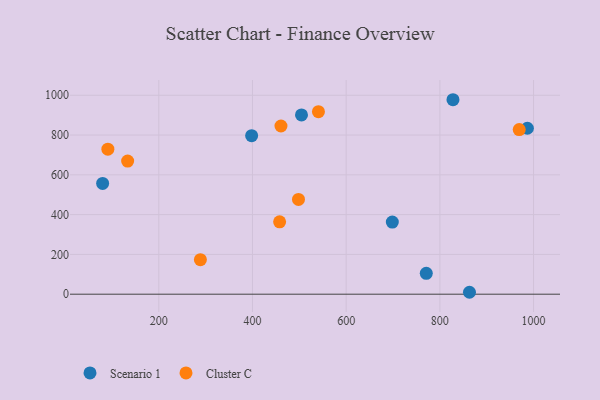
{"axis": {"x": "Investment", "y": "Yield"}, "legend": ["Cluster C", "Scenario 1"], "data": [{"x": "504.6", "y": 901.3, "type": "Scenario 1"}, {"x": "771.0", "y": 104.9, "type": "Scenario 1"}, {"x": "986.8", "y": 834.2, "type": "Scenario 1"}, {"x": "80.1", "y": 556.8, "type": "Scenario 1"}, {"x": "698.5", "y": 362.6, "type": "Scenario 1"}, {"x": "828.0", "y": 977.6, "type": "Scenario 1"}, {"x": "398.2", "y": 796.9, "type": "Scenario 1"}, {"x": "863.2", "y": 9.7, "type": "Scenario 1"}, {"x": "133.5", "y": 669.1, "type": "Cluster C"}, {"x": "457.9", "y": 363.6, "type": "Cluster C"}, {"x": "288.8", "y": 173.6, "type": "Cluster C"}, {"x": "540.8", "y": 917.7, "type": "Cluster C"}, {"x": "91.3", "y": 728.9, "type": "Cluster C"}, {"x": "498.2", "y": 476.6, "type": "Cluster C"}, {"x": "969.4", "y": 827.6, "type": "Cluster C"}, {"x": "460.8", "y": 845.6, "type": "Cluster C"}]}